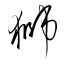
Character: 獅